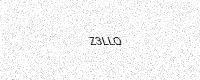
Text: Z3LLQ